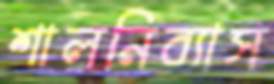
শালনির্যাস